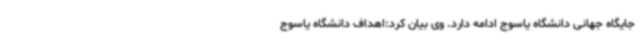
جایگاه جهانی دانشگاه یاسوج ادامه دارد. وی بیان کرد:اهداف دانشگاه یاسوج